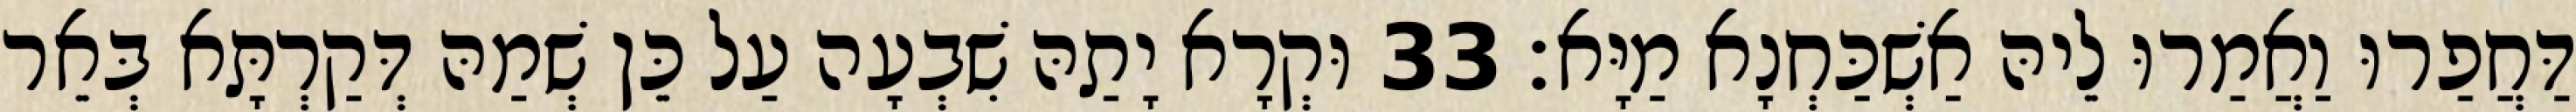
דַּחֲפַרוּ וַאֲמַרוּ לֵיהּ אַשְׁכַּחְנָא מַיָּא׃ 33 וּקְרָא יָתַהּ שִׁבְעָה עַל כֵּן שְׁמַהּ דְּקַרְתָּא בְּאֵר